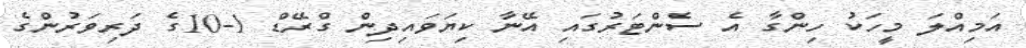
އަމިއްލަ މީހަކު ހިންގާ އެ ސެންޓަރުގައި އޭނާ ކިޔަވައިދިން ގްރޭޑް 1-10ގެ ދަރިވަރުންގެ